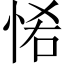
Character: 𢙵